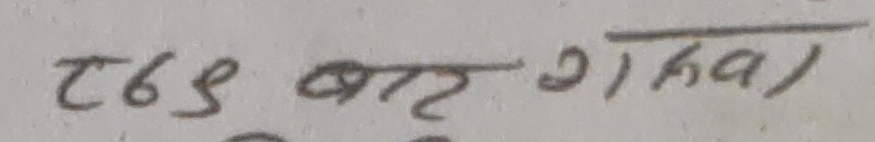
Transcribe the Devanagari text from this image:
२७९ बट्ट २ हा)